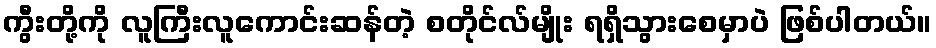
ကွီးတို့ကို လူကြီးလူကောင်းဆန်တဲ့ စတိုင်လ်မျိုး ရရှိသွားစေမှာပဲ ဖြစ်ပါတယ်။